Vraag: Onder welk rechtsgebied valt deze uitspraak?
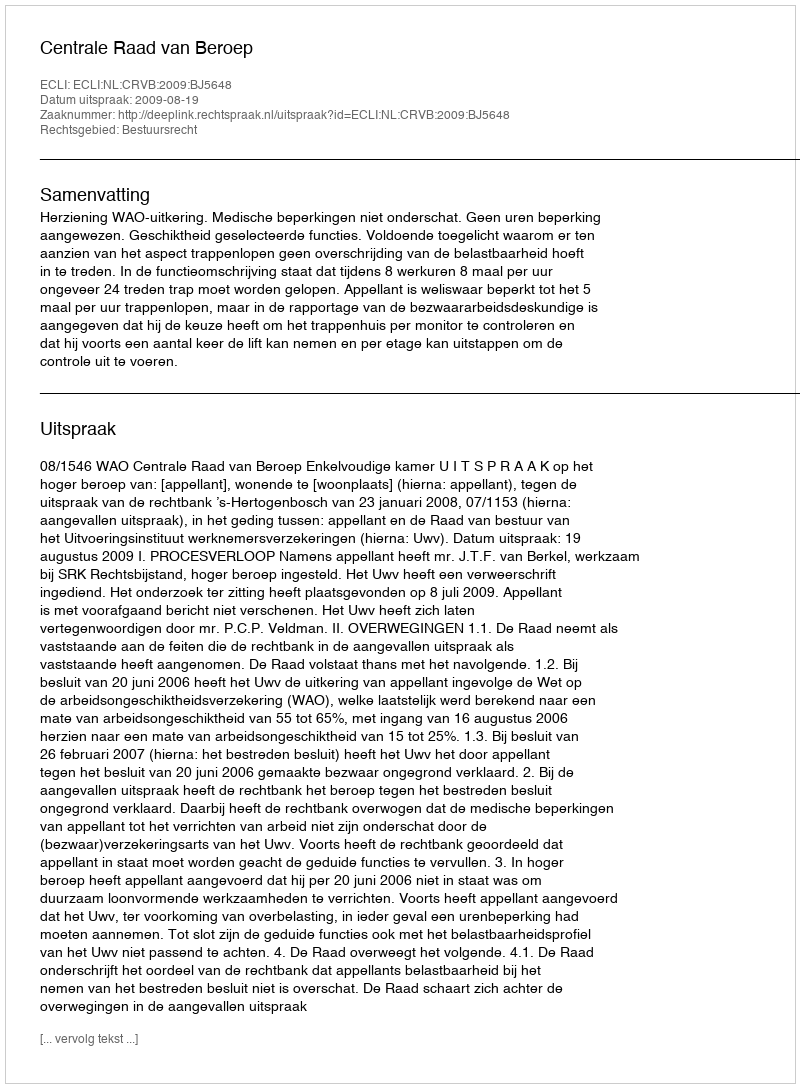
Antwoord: Bestuursrecht